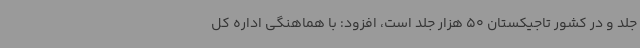
جلد و در کشور تاجیکستان 50 هزار جلد است، افزود: با هماهنگی اداره کل